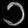
Digit: ၁